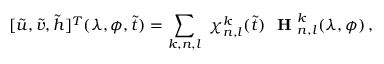
[ \Tilde { u } , \Tilde { v } , \Tilde { h } ] ^ { T } ( \lambda , \phi , \Tilde { t } ) = \sum _ { k , n , l } \ \chi _ { n , l } ^ { k } ( \Tilde { t } ) \ \textbf { H } _ { n , l } ^ { k } ( \lambda , \phi ) \, ,